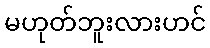
မဟုတ်ဘူးလားဟင်